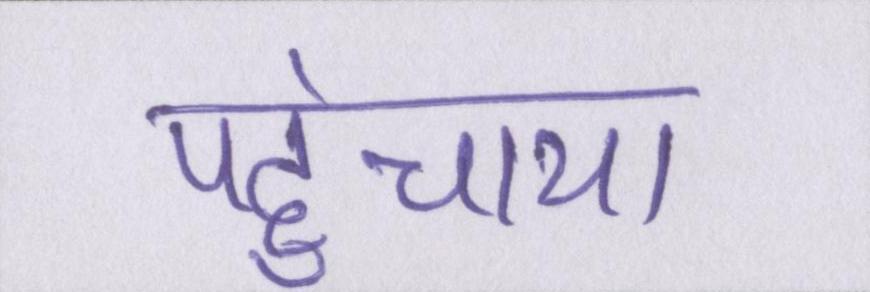
पहुंचाया